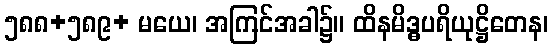
၅၈၈+၅၈၉+ မယေ၊ အကြင်အခါ၌။ ထိနမိဒ္ဓပရိယုဋ္ဌိတေန၊